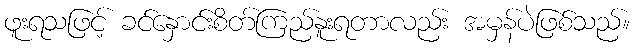
ဖူးရသဖြင့် ခင်နှောင်းစိတ်ကြည်နူးရတာလည်း အမှန်ပဲဖြစ်သည်။